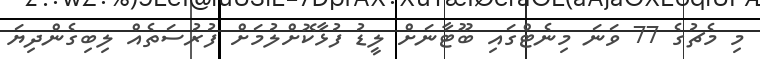
މި މެޗުގެ 77 ވަނަ މިނެޓްގައި ބޫޓާނަށް ލީޑު ފުޅާކޮށްލުމަށް ފުރުސަތެއް ލިބިގެންދިޔަ